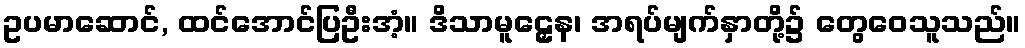
ဥပမာဆောင်, ထင်အောင်ပြဦးအံ့။ ဒိသာမူဠှေန၊ အရပ်မျက်နှာတို့၌ တွေဝေသူသည်။